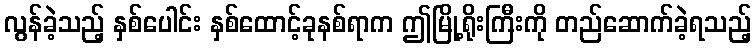
လွန်ခဲ့သည့် နှစ်ပေါင်း နှစ်ထောင့်ခုနစ်ရာက ဤမြို့ရိုးကြီးကို တည်ဆောက်ခဲ့ရသည့်